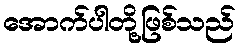
အောက်ပါတို့ဖြစ်သည်